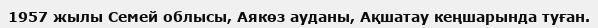
1957 жылы Семей облысы, Аякөз ауданы, Ақшатау кеңшарында туған.